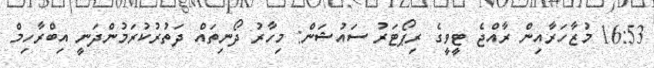
16:53 މުޒާހަރާއިން ރާއްޖެ ޓީވީގެ ރިޕޯޓަރު ސައުޝަން: މިހާރު ދޯނިތައް ދަތުރުކުރަމުންދަނީ އިބްރާހިމް